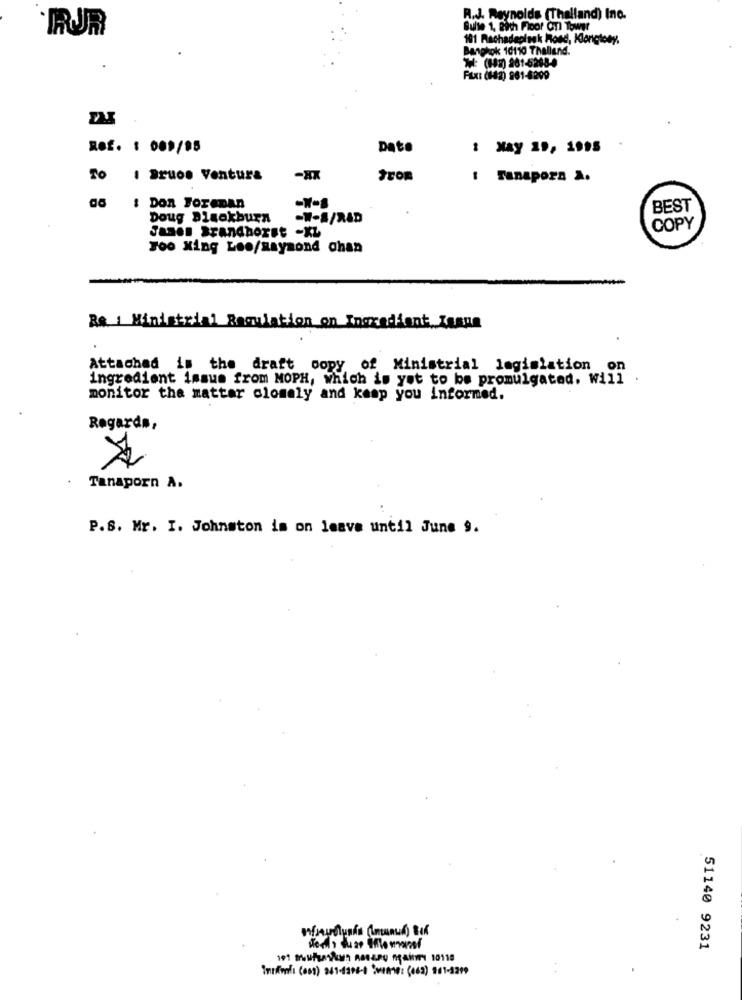
R.J. Reynolds (Thalland) Ino.
Bulle 1. Fith Floor OTl Tower
101 Rachadeslook Road, Klangtoby,
Bangkok 10110 Thallend.
FAX: (882) 961-8299
Ref. : 009/95
Date
: May 19, 1995
TO I Bruos Ventura
-XX
from
: Fanapora a.
-N-1
: DOR FOTADAD
BEST
Doug Disokburn
-W-A/R&D
Janen Brandhorst -XL
COPY
Foo xing Leo/Raymond chan
Ministrial Regulation on Ingredient Issue
Attached is the draft copy of Ministrial legislation on
ingredient ismus from MOPH, which is yet to be promulgated, Will .
monitor the matter closely and kaap you informed.
Regards,
Tanaporn A.
P.S. Mr. I. Johnston is on leave until June 9.
51140 9231
191 meufsasun RBear nais 10118
Imrimlı (oss) 241-4298-8 ℃vente: (063) 961-5299